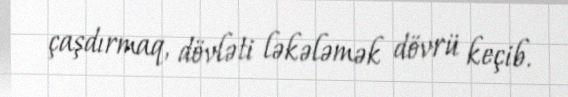
çaşdırmaq, dövləti ləkələmək dövrü keçib.